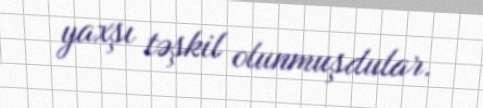
yaxşı təşkil olunmuşdular.